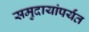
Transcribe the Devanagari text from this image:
समुदायांपर्यंत